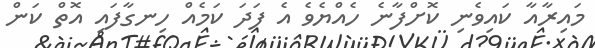
މައިރާއާ ކައިވެނި ކޮށްފާނެ ހެއްޔެވެ އެ ފަދަ ކަމެއް ހިނގާފައި އޮތް ކަން